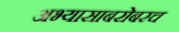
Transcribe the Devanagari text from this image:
अभ्यासाबरोबरच